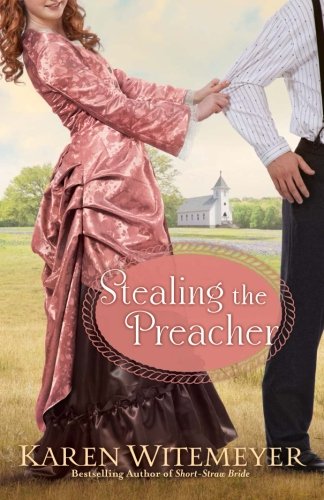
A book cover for Stealing the Preacher; Karen Witemeyer; Romance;